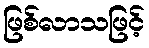
ဖြစ်လာသဖြင့်